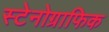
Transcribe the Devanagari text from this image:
स्टेनोग्राफिक